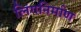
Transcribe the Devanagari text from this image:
लिंगनिर्माण